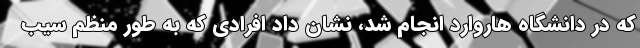
که در دانشگاه هاروارد انجام شد، نشان داد افرادی که به طور منظم سیب